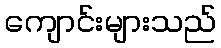
ကျောင်းများသည်